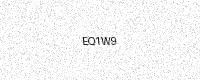
Text: EQ1W9